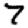
Digit: 7